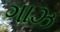
ગાઝ